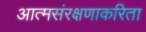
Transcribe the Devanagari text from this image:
आत्मसंरक्षणाकरिता